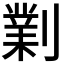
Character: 𠟪